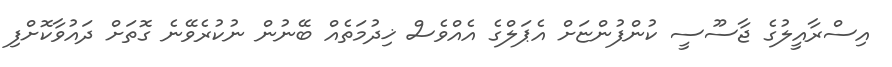
އިސްރާއީލުގެ ޖާސޫސީ ކުންފުންޏަށް އެޕަލްގެ އެއްވެސް ޚިދުމަތެއް ބޭނުން ނުކުރެވޭނެ ގޮތަށް ދައުވާކޮށްފި